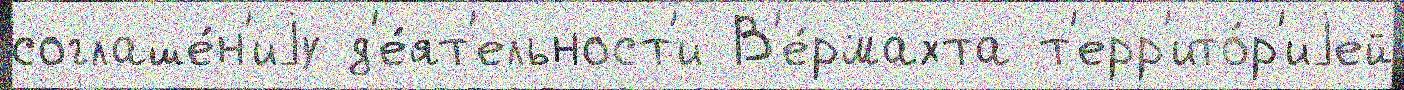
соглаше́н'иjу д'е́ят'ельност'и В'е́рмахта т'ерр'ито́р'иjей